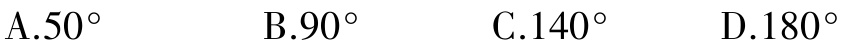
A.$50^{\circ}$  B.$90^{\circ}$  C.$140^{\circ}$  D.$180^{\circ}$